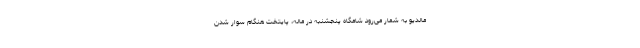
مالدیو به شمار می‌رود شامگاه پنجشنبه در ماله، پایتخت هنگام سوار شدن